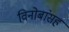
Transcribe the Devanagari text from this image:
विनोबांसह